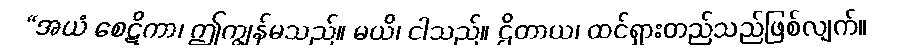
“အယံ စေဋိကာ၊ ဤကျွန်မသည်။ မယိ၊ ငါသည်။ ဌိတာယ၊ ထင်ရှားတည်သည်ဖြစ်လျက်။